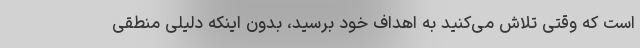
است که وقتی تلاش می‌کنید به اهداف خود برسید، بدون اینکه دلیلی منطقی